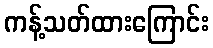
ကန့်သတ်ထားကြောင်း